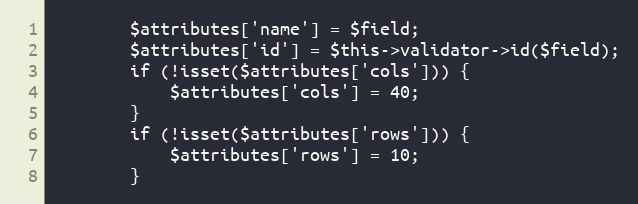
Language: PHP
        $attributes['name'] = $field;
        $attributes['id'] = $this->validator->id($field);
        if (!isset($attributes['cols'])) {
            $attributes['cols'] = 40;
        }
        if (!isset($attributes['rows'])) {
            $attributes['rows'] = 10;
        }